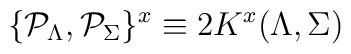
\{{\cal P}_\Lambda, {\cal P}_\Sigma\}^x \equiv 2 K^x (\Lambda,\Sigma)